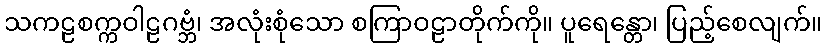
သကဠစက္ကဝါဠဂဗ္ဘံ၊ အလုံးစုံသော စကြာဝဠာတိုက်ကို။ ပူရေန္တော၊ ပြည့်စေလျက်။